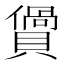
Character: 𧷴